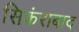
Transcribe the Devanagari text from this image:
सिकंराबाद